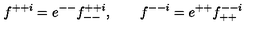
f ^ { + + i } = e ^ { -- } f _ { -- } ^ { + + i } , \qquad f ^ { -- i } = e ^ { + + } f _ { + + } ^ { -- i }